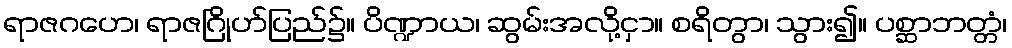
ရာဇဂဟေ၊ ရာဇဂြိုဟ်ပြည်၌။ ပိဏ္ဍာယ၊ ဆွမ်းအလို့ငှာ။ စရိတွာ၊ သွား၍။ ပစ္ဆာဘတ္တံ၊